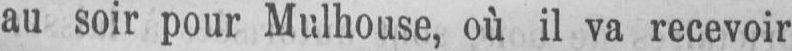
au soir pour Mulhouse, où il va recevoir